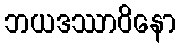
ဘယဒဿာဝိနော